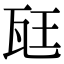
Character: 𪼷